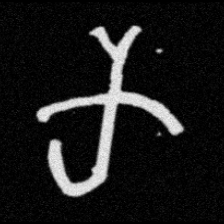
Pyu character \u2014 Myanmar letter: က (romanized: ka)